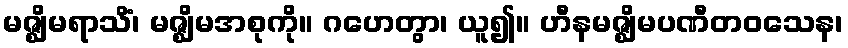
မဇ္ဈိမရာသိံ၊ မဇ္ဈိမအစုကို။ ဂဟေတွာ၊ ယူ၍။ ဟီနမဇ္ဈိမပဏီတဝသေန၊